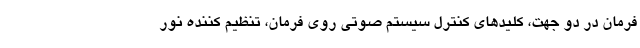
فرمان در دو جهت، کلیدهای کنترل سیستم صوتی روی فرمان، تنظیم کننده نور